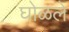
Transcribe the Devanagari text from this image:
घोळले